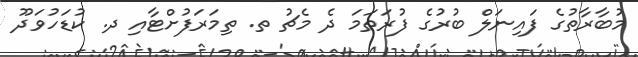
މުބާރާތުގެ ފައިނަލް ބުރުގެ ފުރަތަމަ ދެ މެޗު ތ. ތިމަރަފުށްޓާއި ދ. ކުޑަހުވަދޫ